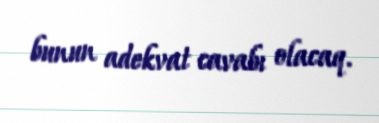
bunun adekvat cavabı olacaq.